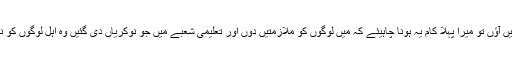
’’سیاست دان سمجھتا ہے کہ جب اقتدار میں آؤں تو میرا پہلا کام یہ ہونا چاہیئے کہ میں لوگوں کو ملازمتیں دوں اور تعلیمی شعبے میں جو نوکریاں دی گئیں وہ اہل لوگوں کو نہیں دی گئیں جس سے یہ شعبہ تباہ ہوگیا۔